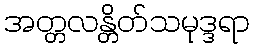
အတ္တလန္တိတ်သမုဒ္ဒရာ